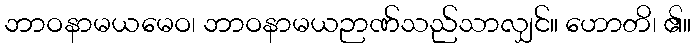
ဘာဝနာမယမေဝ၊ ဘာဝနာမယဉာဏ်သည်သာလျှင်။ ဟောတိ၊ ၏။